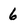
Character: 6